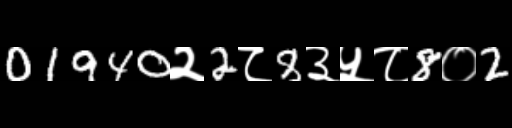
Text: 01940२2८8३५८8०2